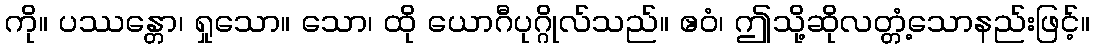
ကို။ ပဿန္တော၊ ရှုသော။ သော၊ ထို ယောဂီပုဂ္ဂိုလ်သည်။ ဧဝံ၊ ဤသို့ဆိုလတ္တံ့သောနည်းဖြင့်။